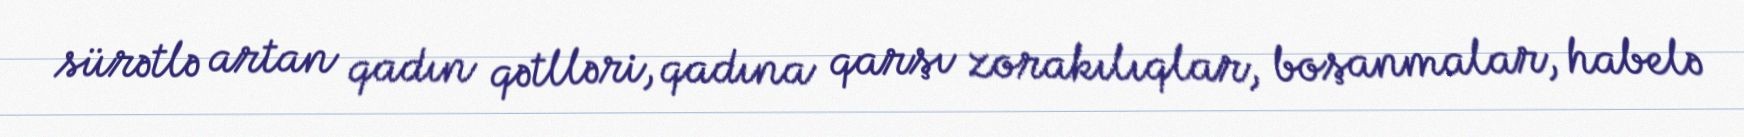
sürətlə artan qadın qətlləri, qadına qarşı zorakılıqlar, boşanmalar, habelə